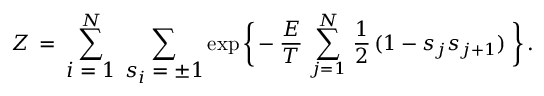
Z \, = \: \sum _ { \textstyle i = 1 } ^ { N } \; \sum _ { \textstyle s _ { i } = \pm 1 } \exp \left\lbrace \vphantom { \frac { A } { A } } \right. \! - \frac { E } { T } \, \sum _ { j = 1 } ^ { N } \, \frac { 1 } { 2 } \, ( 1 - s _ { j } s _ { j + 1 } ) \left. \vphantom { \frac { A } { A } } \right\rbrace .